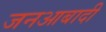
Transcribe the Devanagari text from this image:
जनआबादी